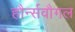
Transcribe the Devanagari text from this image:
हौर्न्सवौगल